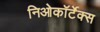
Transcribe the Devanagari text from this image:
निओकॉर्टेक्स